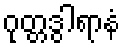
ဂုတ္တဒွါရာနံ